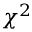
\chi ^ { 2 }